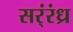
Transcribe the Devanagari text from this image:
सर्ंरंध्र